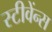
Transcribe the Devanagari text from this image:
स्टीवेंन्स